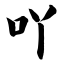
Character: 吖